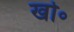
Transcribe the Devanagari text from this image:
खो॰